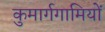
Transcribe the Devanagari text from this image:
कुमार्गगामियों